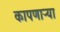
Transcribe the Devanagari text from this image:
कापणाऱ्या